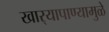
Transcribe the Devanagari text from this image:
खार्‍यापाण्यामुळे